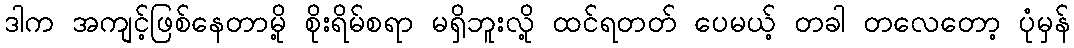
ဒါက အကျင့်ဖြစ်နေတာမို့ စိုးရိမ်စရာ မရှိဘူးလို့ ထင်ရတတ် ပေမယ့် တခါ တလေတော့ ပုံမှန်